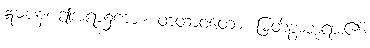
ဣဓပန၊ ဤအရာ၌ကား။ တထာဝတော၊ မြတ်စွာဘုရား၏။